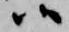
候